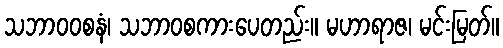
သဘာဝဝစနံ၊ သဘာဝစကားပေတည်း။ မဟာရာဇ၊ မင်းမြတ်။